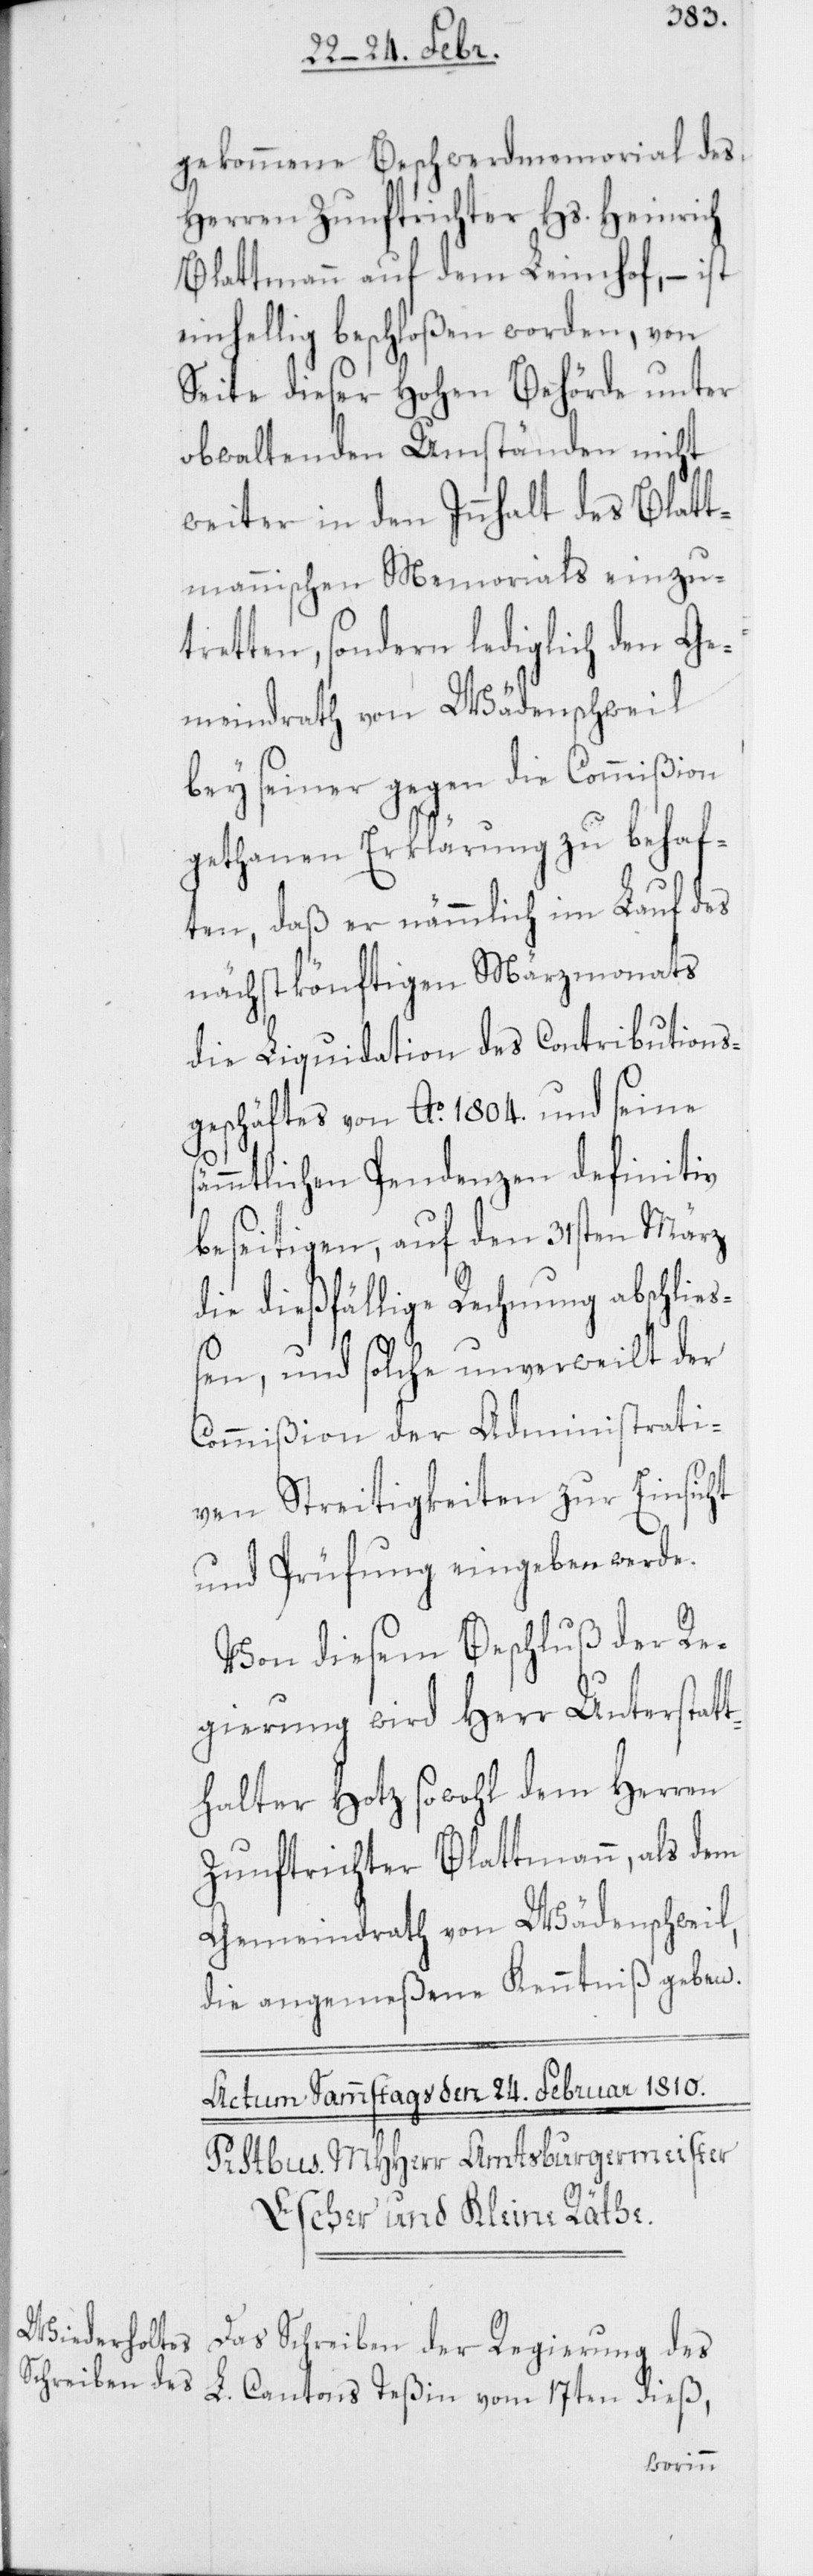
gekommene Beschwerdmemorial des
Herren Zunftrichter Hs. Heinrich
Blattmann auf dem Leimhof, – ist
einhellig beschloßen worden, von
Seite dieser Hohen Behörde unter
obwaltenden Umständen nicht
weiter in den Innhalt des Blatt¬
mannischen Memorials einzu¬
tretten, sondern lediglich den Ge¬
meindrath von Wädenschweil
bey seiner gegen die Commißion
gethanen Erklärung zu behaf¬
ten, daß er nämmlich im Lauf des
nächstkönftigen Märzmonats
die Liquidation des Contributions¬
geschäftes von Ao. 1804. und seine
sämtmlichen Pendenzen definitiv
beseitigen, auf den 31. März
die dießfällige Rechnung abschließ¬
en, und solche unverweilt der
Commißion der Administrati¬
ven Streitigkeiten zur Einsicht
und Prüfung eingeben werde.
Von diesem Beschluß der Re¬
gierung wird Herr Unterstat¬
thalter Hotz sowohl dem Herren
Zunftrichter Blattmann, als dem
Gemeindrath von Wädenschweil,
die angemeßene Kenntniß geben.
Das Schreiben der Regierung des
L. Cantons Teßin vom 17ten dieß,